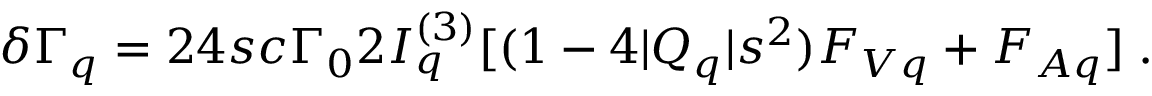
\delta \Gamma _ { q } = 2 4 s c \Gamma _ { 0 } 2 I _ { q } ^ { ( 3 ) } [ ( 1 - 4 | Q _ { q } | s ^ { 2 } ) F _ { V q } + F _ { A q } ] \; .